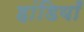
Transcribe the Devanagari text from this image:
हांडियाँ